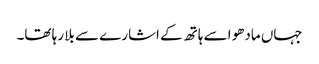
جہاں مادھو اسے ہاتھ کے اشارے سے بلا رہا تھا۔